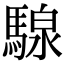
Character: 騡